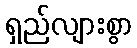
ရှည်လျားစွာ